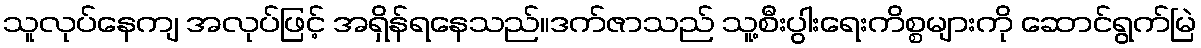
သူလုပ်နေကျ အလုပ်ဖြင့် အရှိန်ရနေသည်။ဒက်ဇာသည် သူ့စီးပွါးရေးကိစ္စများကို ဆောင်ရွက်မြဲ